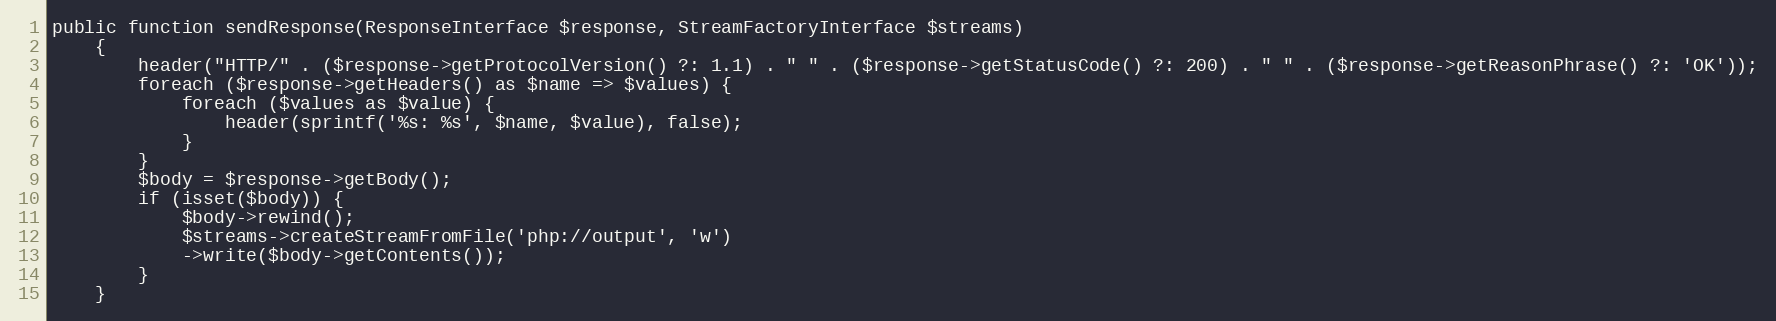
Language: PHP
public function sendResponse(ResponseInterface $response, StreamFactoryInterface $streams)
    {
        header("HTTP/" . ($response->getProtocolVersion() ?: 1.1) . " " . ($response->getStatusCode() ?: 200) . " " . ($response->getReasonPhrase() ?: 'OK'));
        foreach ($response->getHeaders() as $name => $values) {
            foreach ($values as $value) {
                header(sprintf('%s: %s', $name, $value), false);
            }
        }
        $body = $response->getBody();
        if (isset($body)) {
            $body->rewind();
            $streams->createStreamFromFile('php://output', 'w')
            ->write($body->getContents());
        }
    }